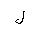
Letter: _lam